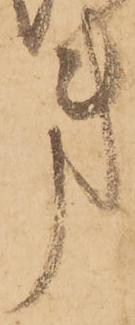
第